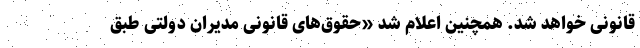
قانونی خواهد شد. همچنین اعلام شد «حقوق‌های قانونی مدیران دولتی طبق